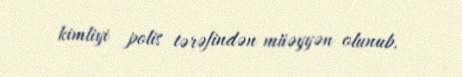
kimliyi polis tərəfindən müəyyən olunub.